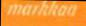
markkaa